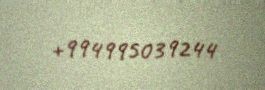
+994995039244